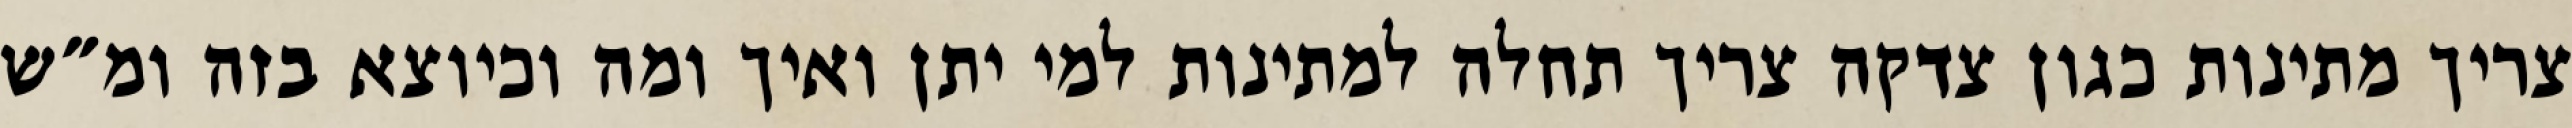
צריך מתינות כגון צדקה צריך תחלה למתינות למי יתן ואיך ומה וכיוצא בזה ומ״ש